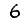
Digit: 6